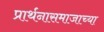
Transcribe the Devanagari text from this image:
प्रार्थनासमाजाच्या